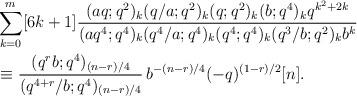
LaTeX: \begin{align*}&\sum_{k=0}^{m}[6k+1]\frac{(aq;q^2)_k (q/a;q^2)_k (q;q^2)_k (b;q^4)_k q^{k^2+2k}}{(aq^4;q^4)_k(q^4/a;q^4)_k(q^4;q^4)_k (q^3/b;q^2)_k b^k}\\ &\equiv \frac{(q^rb;q^4)_{(n-r)/4}}{(q^{4+r}/b;q^4)_{(n-r)/4}}\, b^{-(n-r)/4}(-q)^{(1-r)/2} [n].\end{align*}